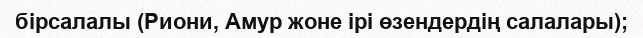
бірсалалы (Риони, Амур жоне ірі өзендердің салалары);